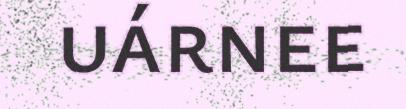
uárnee